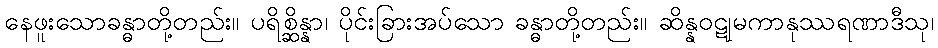
နေဖူးသောခန္ဓာတို့တည်း။ ပရိစ္ဆိန္နာ၊ ပိုင်းခြားအပ်သော ခန္ဓာတို့တည်း။ ဆိန္နဝဋုမကာနုဿရဏာဒီသု၊